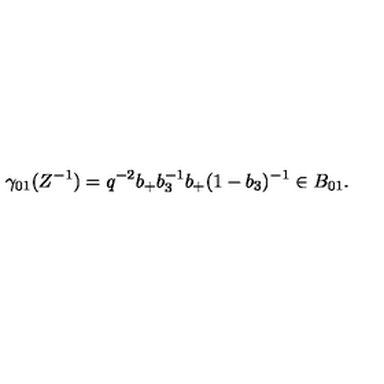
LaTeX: \gamma _ { 0 1 } ( Z ^ { - 1 } ) = q ^ { - 2 } b _ { + } b _ { 3 } ^ { - 1 } b _ { + } ( 1 - b _ { 3 } ) ^ { - 1 } \in B _ { 0 1 } .